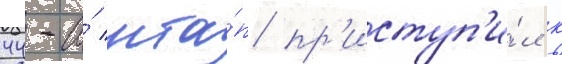
44-и́ мта́п пр'иступ'и́л к